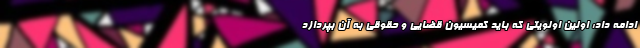
ادامه داد: اولین اولویتی که باید کمیسیون قضایی و حقوقی به آن بپردازد